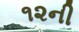
૧૨ની